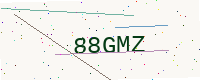
Text: 88GMZ